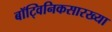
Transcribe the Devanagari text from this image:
बॉट्विनिकसारख्या